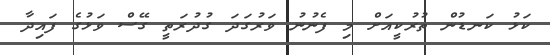
ކަޅު ކަނޑުން ތުރުކީއަށް މި ފެނުނު ވަރުގަދަ ގުދުރަތީ ގޭސް ވަޅުގެ ފައިދާ